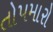
તોપમારો